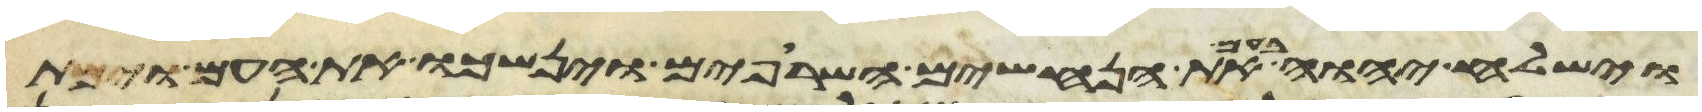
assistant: וישלח יהוה בעם את הנחשים השרופים וינשכו את העם וימת